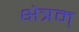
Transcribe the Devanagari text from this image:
क्षेत्रम्